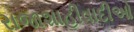
રાજાશાહીવાદીઓ